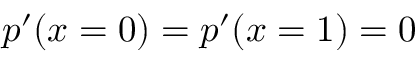
p ^ { \prime } ( x = 0 ) = p ^ { \prime } ( x = 1 ) = 0